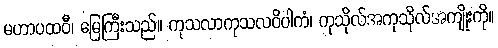
မဟာပထဝီ၊ မြေကြီးသည်။ ကုသလာကုသလဝိပါကံ၊ ကုသိုလ်အကုသိုလ်အကျိုးကို။